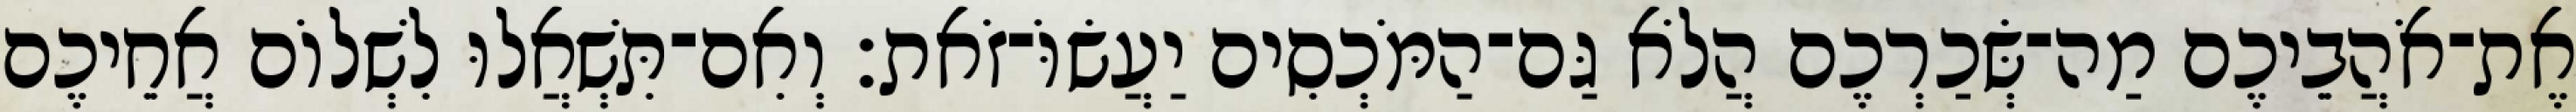
אֶת־אֹהֲבֵיכֶם מַה־שְּׂכַרְכֶם הֲלֹא גַּם־הַמֹּכְסִים יַעֲשׂוֹּ־זֹאת׃ וְאִם־תִּשְׁאֲלוּ לִשְׁלוֹם אֲחֵיכֶם